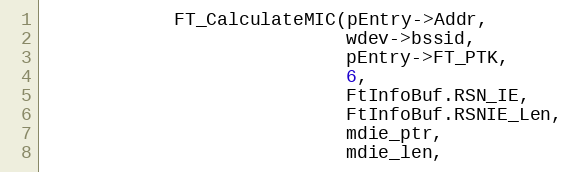
Language: C
			FT_CalculateMIC(pEntry->Addr,
							wdev->bssid,
							pEntry->FT_PTK,
							6,
							FtInfoBuf.RSN_IE,
							FtInfoBuf.RSNIE_Len,
							mdie_ptr,
							mdie_len,